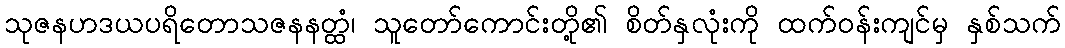
သုဇနဟဒယပရိတောသဇနနတ္ထံ၊ သူတော်ကောင်းတို့၏ စိတ်နှလုံးကို ထက်ဝန်းကျင်မှ နှစ်သက်